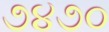
૭૪૭૦